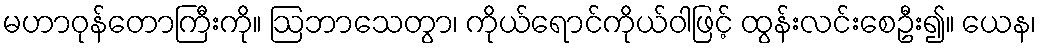
မဟာဝုန်တောကြီးကို။ ဩဘာသေတွာ၊ ကိုယ်ရောင်ကိုယ်ဝါဖြင့် ထွန်းလင်းစေဦး၍။ ယေန၊